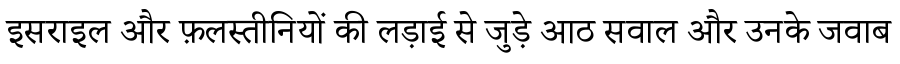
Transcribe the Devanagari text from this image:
इसराइल और फ़लस्तीनियों की लड़ाई से जुड़े आठ सवाल और उनके जवाब